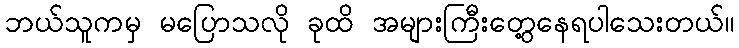
ဘယ်သူကမှ မပြောသလို ခုထိ အများကြီးတွေ့နေရပါသေးတယ်။